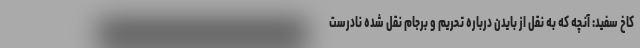
کاخ سفید: آنچه که به نقل از بایدن درباره تحریم و برجام نقل شده نادرست